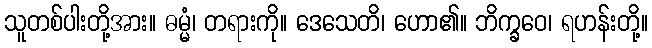
သူတစ်ပါးတို့အား။ ဓမ္မံ၊ တရားကို။ ဒေသေတိ၊ ဟော၏။ ဘိက္ခဝေ၊ ရဟန်းတို့။